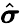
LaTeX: \hat{\boldsymbol\sigma}